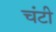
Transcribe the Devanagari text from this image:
चंटी